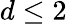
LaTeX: d\le 2